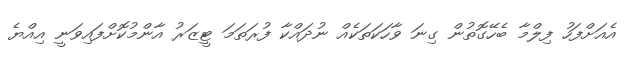
އެއަށްފަހު ފިލްމާ ބެހޭގޮތުން ގިނަ ވާހަކަތަކެއް ނުދައްކާ ފުރަތަމަ ޓީޒަރު އާންމުކޮށްފައިވަނީ އިއްޔެ